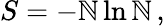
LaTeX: S=-{\cal\mathbb{N}}\ln{\cal\mathbb{N}}\, ,